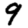
Digit: 9